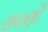
રાઘણી